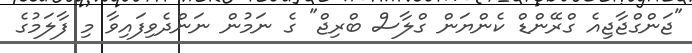
"ޖަންގްޖާޖިއެ ގްރޭންޑް ކެންޔަން ގްލާސް ބްރިޖް" ގެ ނަމުން ނަންދެވިފައިވާ މި ފާލަމުގެ